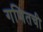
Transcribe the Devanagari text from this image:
गणितची